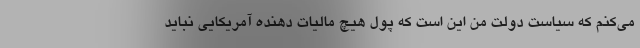
می‌کنم که سیاست دولت من این است که پول هیچ مالیات دهنده آمریکایی نباید